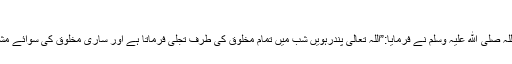
(مجالس الابرارص:210،مجلس نمبر: 24)
حضرت معاذبن جبل رضی اللہ عنہ کی روایت ہے کہ رسول اللہ صلی الله علیہ وسلم نے فرمایا:”اللہ تعالی پندرہویں شب میں تمام مخلوق کی طرف تجلی فرماتا ہے اور ساری مخلوق کی سوائے مشرک اور بغض رکھنے والوں کے سب کی مغفرت فرماتا ہے۔